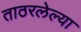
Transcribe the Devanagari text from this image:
ताठरलेल्या